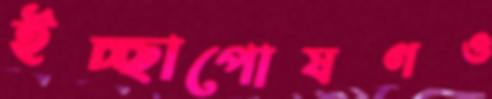
ইচ্ছাপোষণও